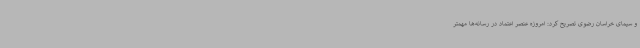
و سیمای خراسان رضوی تصریح کرد: امروزه عنصر اعتماد در رسانه‌ها مهمتر